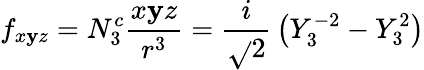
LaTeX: f_{x\mathbf{y}z}=N_{3}^{c}{\frac{{x\mathbf{y}z}}{{r^{3}}}}={\frac{{i}}{{\sqrt{}{{2}}}}}\left(Y_{3}^{-2}-Y_{3}^{2}\right)